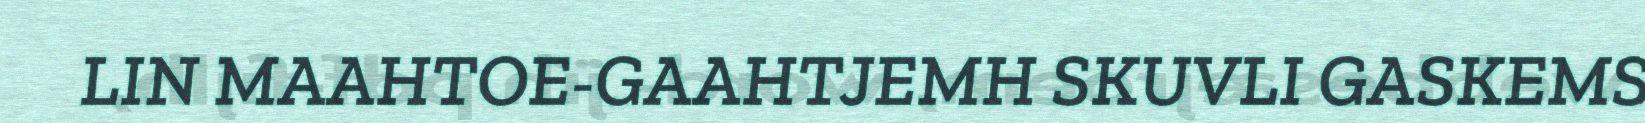
LIN MAAHTOE-GAAHTJEMH SKUVLI GASKEMS